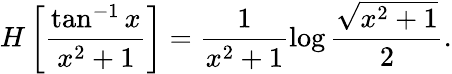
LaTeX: H\left[\frac{\tan^{-1}x}{x^{2}+1}\right]=\frac{1}{x^{2}+1}\log\frac{\sqrt{x^{2}+1}}{2}.